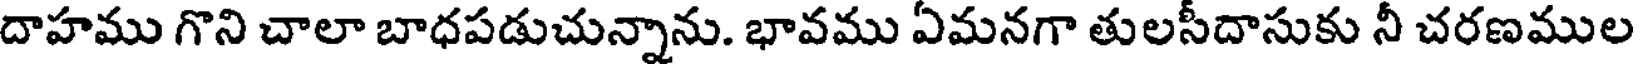
దాహము గొని చాలా బాధపడుచున్నాను. భావము ఏమనగా తులసీదాసుకు నీ చరణముల